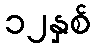
၁၂နှစ်